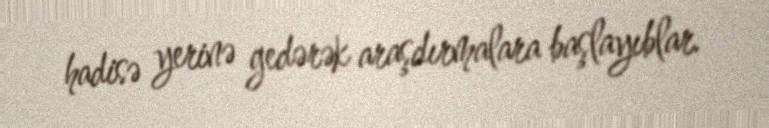
hadisə yerinə gedərək araşdırmalara başlayıblar.